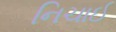
નિચાઈ